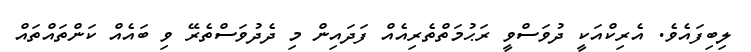
ލިބިފައެވެ. އެރިކްއަކީ ދުވަސްވީ ރަޙުމަތްތެރިއެއް ފަދައިން މި ދެދުވަސްތެރޭ ވި ބައެއް ކަންތައްތައް